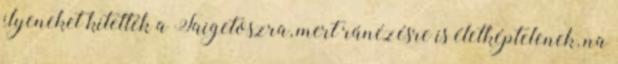
ilyeneket kitették a Taigetoszra, mert ránézésre is életképtelenek, na